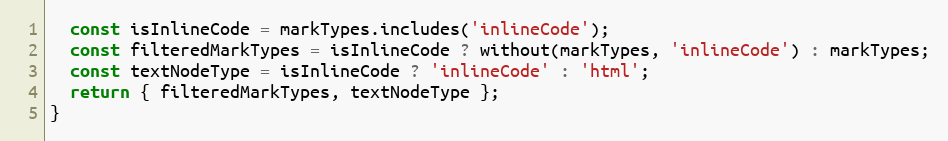
Language: JavaScript
  const isInlineCode = markTypes.includes('inlineCode');
  const filteredMarkTypes = isInlineCode ? without(markTypes, 'inlineCode') : markTypes;
  const textNodeType = isInlineCode ? 'inlineCode' : 'html';
  return { filteredMarkTypes, textNodeType };
}